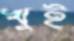
খুই